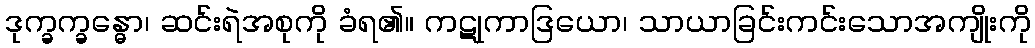
ဒုက္ခက္ခန္ဓော၊ ဆင်းရဲအစုကို ခံရ၏။ ကဋုကာဒြယော၊ သာယာခြင်းကင်းသောအကျိုးကို